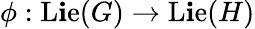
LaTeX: \phi:\operatorname{L\mathbf{i}e}(G)\to\operatorname{L\mathbf{i}e}(H)